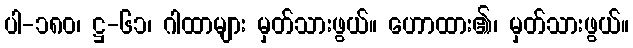
ပါ-၁၈၀၊ ဋ္ဌ-၆၁၊ ဂါထာများ မှတ်သားဖွယ်။ ဟောထား၏၊ မှတ်သားဖွယ်။